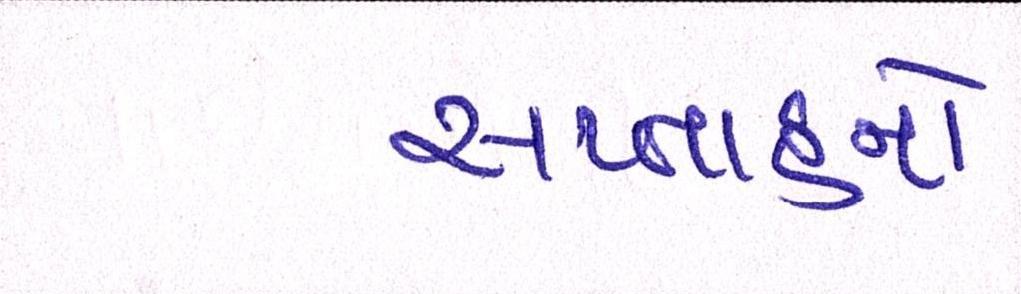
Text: સપ્તાહનો